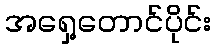
အရှေ့တောင်ပိုင်း